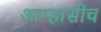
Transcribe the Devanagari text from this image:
आम्हासीच